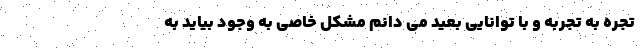
تجره به تجربه و با توانایی بعید می دانم مشکل خاصی به وجود بیاید به